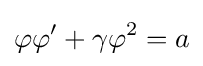
\varphi \varphi '+\gamma \varphi ^{2}=a